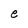
Character: e